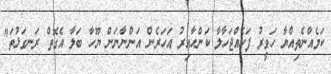
ކަމެއްނެތިއްޔާ ހަވީރު ފަހެއްޖަހާލާ ކަންހާއިރު އަހަރެން އަންނާނަން ޔޫހާ ބަލާ އެގޮތް ރަނގަޅުތަ"